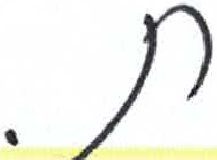
אות: ת